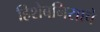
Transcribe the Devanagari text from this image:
हिशेबनिसाचे